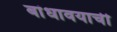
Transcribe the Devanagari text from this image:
बांधावयाची